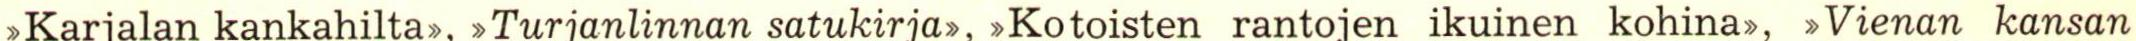
>Karjalan kankahilta>, >Turjanlinnan satukirja>, >Kotoisten rantojen ikuinen kohina>, >Vienan kansan